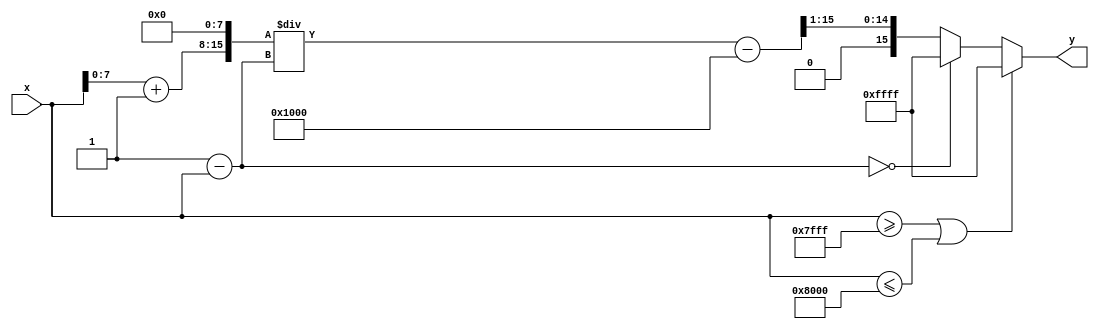
module atanh (
    input  wire [15:0] x,      // Input: Fixed-point representation of x (16 bits)
    output reg  [15:0] y       // Output: Fixed-point representation of atanh(x) (16 bits)
);

    // Define constants for fixed-point representation
    localparam FIXED_POINT_SCALE = 16'h0001; // Scale factor for fixed-point representation
    localparam MAX_INPUT = 16'h7FFF; // Maximum value for input (1 in fixed-point)
    localparam MIN_INPUT = 16'h8000; // Minimum value for input (-1 in fixed-point)

    // Intermediate signals
    wire [15:0] one_plus_x;
    wire [15:0] one_minus_x;
    wire [15:0] ratio;
    wire [15:0] log_result;

    // Input validation
    always @(*) begin
        // Check if x is within the valid range (-1, 1)
        if (x >= MAX_INPUT || x <= MIN_INPUT) begin
            y = 16'hFFFF; // Output NaN or error code
        end else begin
            // Calculate 1 + x and 1 - x
            one_plus_x = x + FIXED_POINT_SCALE; // 1 + x
            one_minus_x = FIXED_POINT_SCALE - x; // 1 - x

            // Avoid division by zero
            if (one_minus_x == 0) begin
                y = 16'hFFFF; // Output NaN or error code
            end else begin
                // Calculate the ratio (1 + x) / (1 - x)
                ratio = (one_plus_x << 8) / one_minus_x; // Shift for fixed-point division

                // Calculate the natural logarithm of the ratio (approximation)
                log_result = log_approx(ratio);

                // Scale the result by 1/2
                y = log_result >> 1; // Right shift to divide by 2
            end
        end
    end

    // Simple logarithm approximation function
    function [15:0] log_approx(input [15:0] value);
        begin
            // This is a placeholder for a logarithm approximation
            // Implement a more accurate logarithm function as needed
            // For now, we will use a simple linear approximation
            log_approx = value - 16'h1000; // Example: simple linear approximation
        end
    endfunction

endmodule